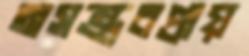
অসম্ভবপ্রায়